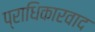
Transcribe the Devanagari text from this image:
प्राधिकारवाद